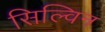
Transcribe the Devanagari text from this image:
सिल्विन